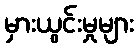
မှားယွင်းမှုများ